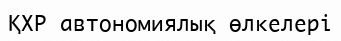
ҚХР автономиялық өлкелері